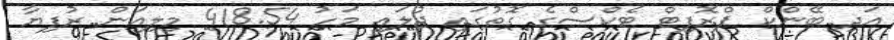
އަދި ބޭންކް ޕްރޮފިޓް ޓެކްސްގެ ގޮތުގައި ޖުލައި މަހު 418.54 މިލިއަން ރުފިޔާ